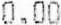
0.00